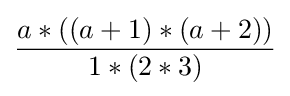
{\frac {a*((a+1)*(a+2))}{1*(2*3)}}